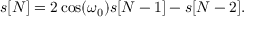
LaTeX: s [ N ] = 2 \cos ( \omega _ { 0 } ) s [ N - 1 ] - s [ N - 2 ] .